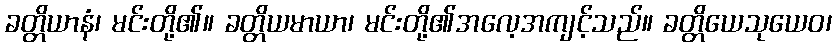
ခတ္တိယာနံ၊ မင်းတို့၏။ ခတ္တိယမာယာ၊ မင်းတို့၏အလေ့အကျင့်သည်။ ခတ္တိယေသုယေဝ၊